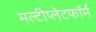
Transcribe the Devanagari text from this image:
मल्टीप्लेटफॉर्म